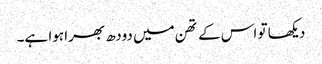
دیکھا تو اس کے تھن میں دودھ بھرا ہوا ہے۔